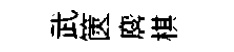
武篋麐棋